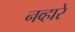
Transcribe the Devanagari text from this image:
नव्हारे